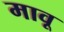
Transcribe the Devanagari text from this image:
मावू